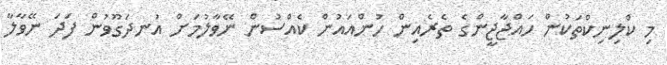
މި ކްލިނިކްތަކުން ހައްޖާޖީންގެ ތެރެއިން ހުންއައުން ކެއްސުން ނޭވާލުމަށް އުނދަގޫވުން ފަދަ ނޭވާލާ